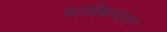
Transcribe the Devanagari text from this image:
चाक्कियार